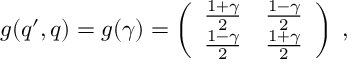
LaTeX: g ( q ^ { \prime } , q ) = g ( \gamma ) = \left( \begin{array} { c c } { { \frac { 1 + \gamma } { 2 } } } & { { \frac { 1 - \gamma } { 2 } } } \\ { { \frac { 1 - \gamma } { 2 } } } & { { \frac { 1 + \gamma } { 2 } } } \end{array} \right) \; ,